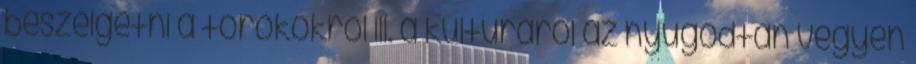
beszélgetni a törökökről ill. a kulturáról az nyugodtan vegyen